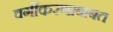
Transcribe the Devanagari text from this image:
वर्गीकरणाबाबत